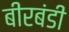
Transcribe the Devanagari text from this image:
बीरबंडी